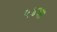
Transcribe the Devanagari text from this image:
५४वा